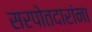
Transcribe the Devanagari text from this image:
सरपोतदारांना